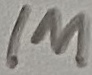
Text: 1M